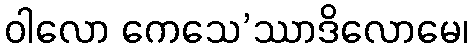
ဝါလော ကေသေ’ဿာဒိလောမေ၊